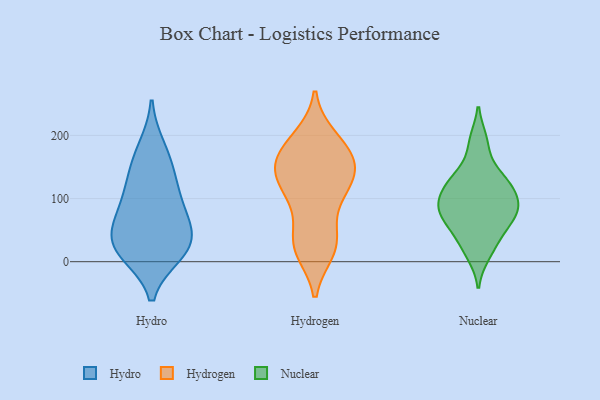
{"axis": {"x": "Backlog", "y": "Value"}, "legend": ["Hydro", "Hydrogen", "Nuclear"], "data": [{"x": "", "y": 180, "type": "Hydro"}, {"x": "", "y": 14, "type": "Hydro"}, {"x": "", "y": 86, "type": "Hydro"}, {"x": "", "y": 151, "type": "Hydro"}, {"x": "", "y": 22, "type": "Hydro"}, {"x": "", "y": 129, "type": "Hydro"}, {"x": "", "y": 49, "type": "Hydro"}, {"x": "", "y": 22, "type": "Hydro"}, {"x": "", "y": 62, "type": "Hydro"}, {"x": "", "y": 97, "type": "Hydro"}, {"x": "", "y": 25, "type": "Hydro"}, {"x": "", "y": 143, "type": "Hydrogen"}, {"x": "", "y": 98, "type": "Hydrogen"}, {"x": "", "y": 193, "type": "Hydrogen"}, {"x": "", "y": 139, "type": "Hydrogen"}, {"x": "", "y": 23, "type": "Hydrogen"}, {"x": "", "y": 196, "type": "Hydrogen"}, {"x": "", "y": 33, "type": "Hydrogen"}, {"x": "", "y": 155, "type": "Hydrogen"}, {"x": "", "y": 128, "type": "Hydrogen"}, {"x": "", "y": 20, "type": "Hydrogen"}, {"x": "", "y": 112, "type": "Hydrogen"}, {"x": "", "y": 104, "type": "Hydrogen"}, {"x": "", "y": 179, "type": "Hydrogen"}, {"x": "", "y": 160, "type": "Hydrogen"}, {"x": "", "y": 18, "type": "Hydrogen"}, {"x": "", "y": 171, "type": "Hydrogen"}, {"x": "", "y": 45, "type": "Hydrogen"}, {"x": "", "y": 145, "type": "Hydrogen"}, {"x": "", "y": 126, "type": "Nuclear"}, {"x": "", "y": 126, "type": "Nuclear"}, {"x": "", "y": 77, "type": "Nuclear"}, {"x": "", "y": 59, "type": "Nuclear"}, {"x": "", "y": 191, "type": "Nuclear"}, {"x": "", "y": 188, "type": "Nuclear"}, {"x": "", "y": 12, "type": "Nuclear"}, {"x": "", "y": 105, "type": "Nuclear"}, {"x": "", "y": 92, "type": "Nuclear"}, {"x": "", "y": 87, "type": "Nuclear"}, {"x": "", "y": 19, "type": "Nuclear"}, {"x": "", "y": 129, "type": "Nuclear"}, {"x": "", "y": 50, "type": "Nuclear"}, {"x": "", "y": 78, "type": "Nuclear"}, {"x": "", "y": 138, "type": "Nuclear"}, {"x": "", "y": 36, "type": "Nuclear"}, {"x": "", "y": 88, "type": "Nuclear"}, {"x": "", "y": 123, "type": "Nuclear"}, {"x": "", "y": 69, "type": "Nuclear"}, {"x": "", "y": 90, "type": "Nuclear"}]}